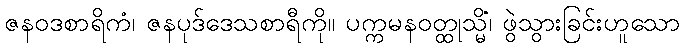
ဇနဝဒစာရိကံ၊ ဇနပုဒ်ဒေသစာရီကို။ ပက္ကမနဝတ္ထုသ္မိံ၊ ဖွဲသွားခြင်းဟူသော